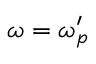
\omega = \omega _ { p } ^ { \prime }